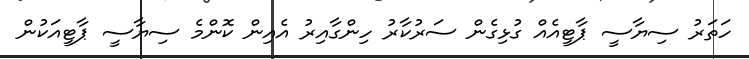
ހަތަރު ސިޔާސީ ޕާޓީއެއް ގުޅިގެން ސަރުކާރު ހިންގާއިރު އެއިން ކޮންމެ ސިޔާސީ ޕާޓީއަކުން